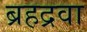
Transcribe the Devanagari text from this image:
ब्रहद्रवा